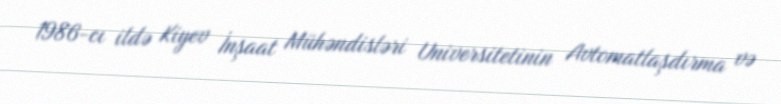
1986-cı ildə Kiyev İnşaat Mühəndisləri Universitetinin Avtomatlaşdırma və